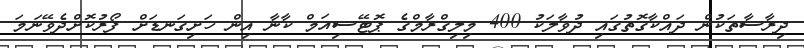
ދިރާސާތަކުން ދައްކާގޮތުގައި ދުވާލަކު 400 މިލިގްރާމްގެ ޕޮޓޭސިއަމް ކާނާ އިން ހަށިގަނޑަށް ފޯރުކޮށްދެވޭނަމަ